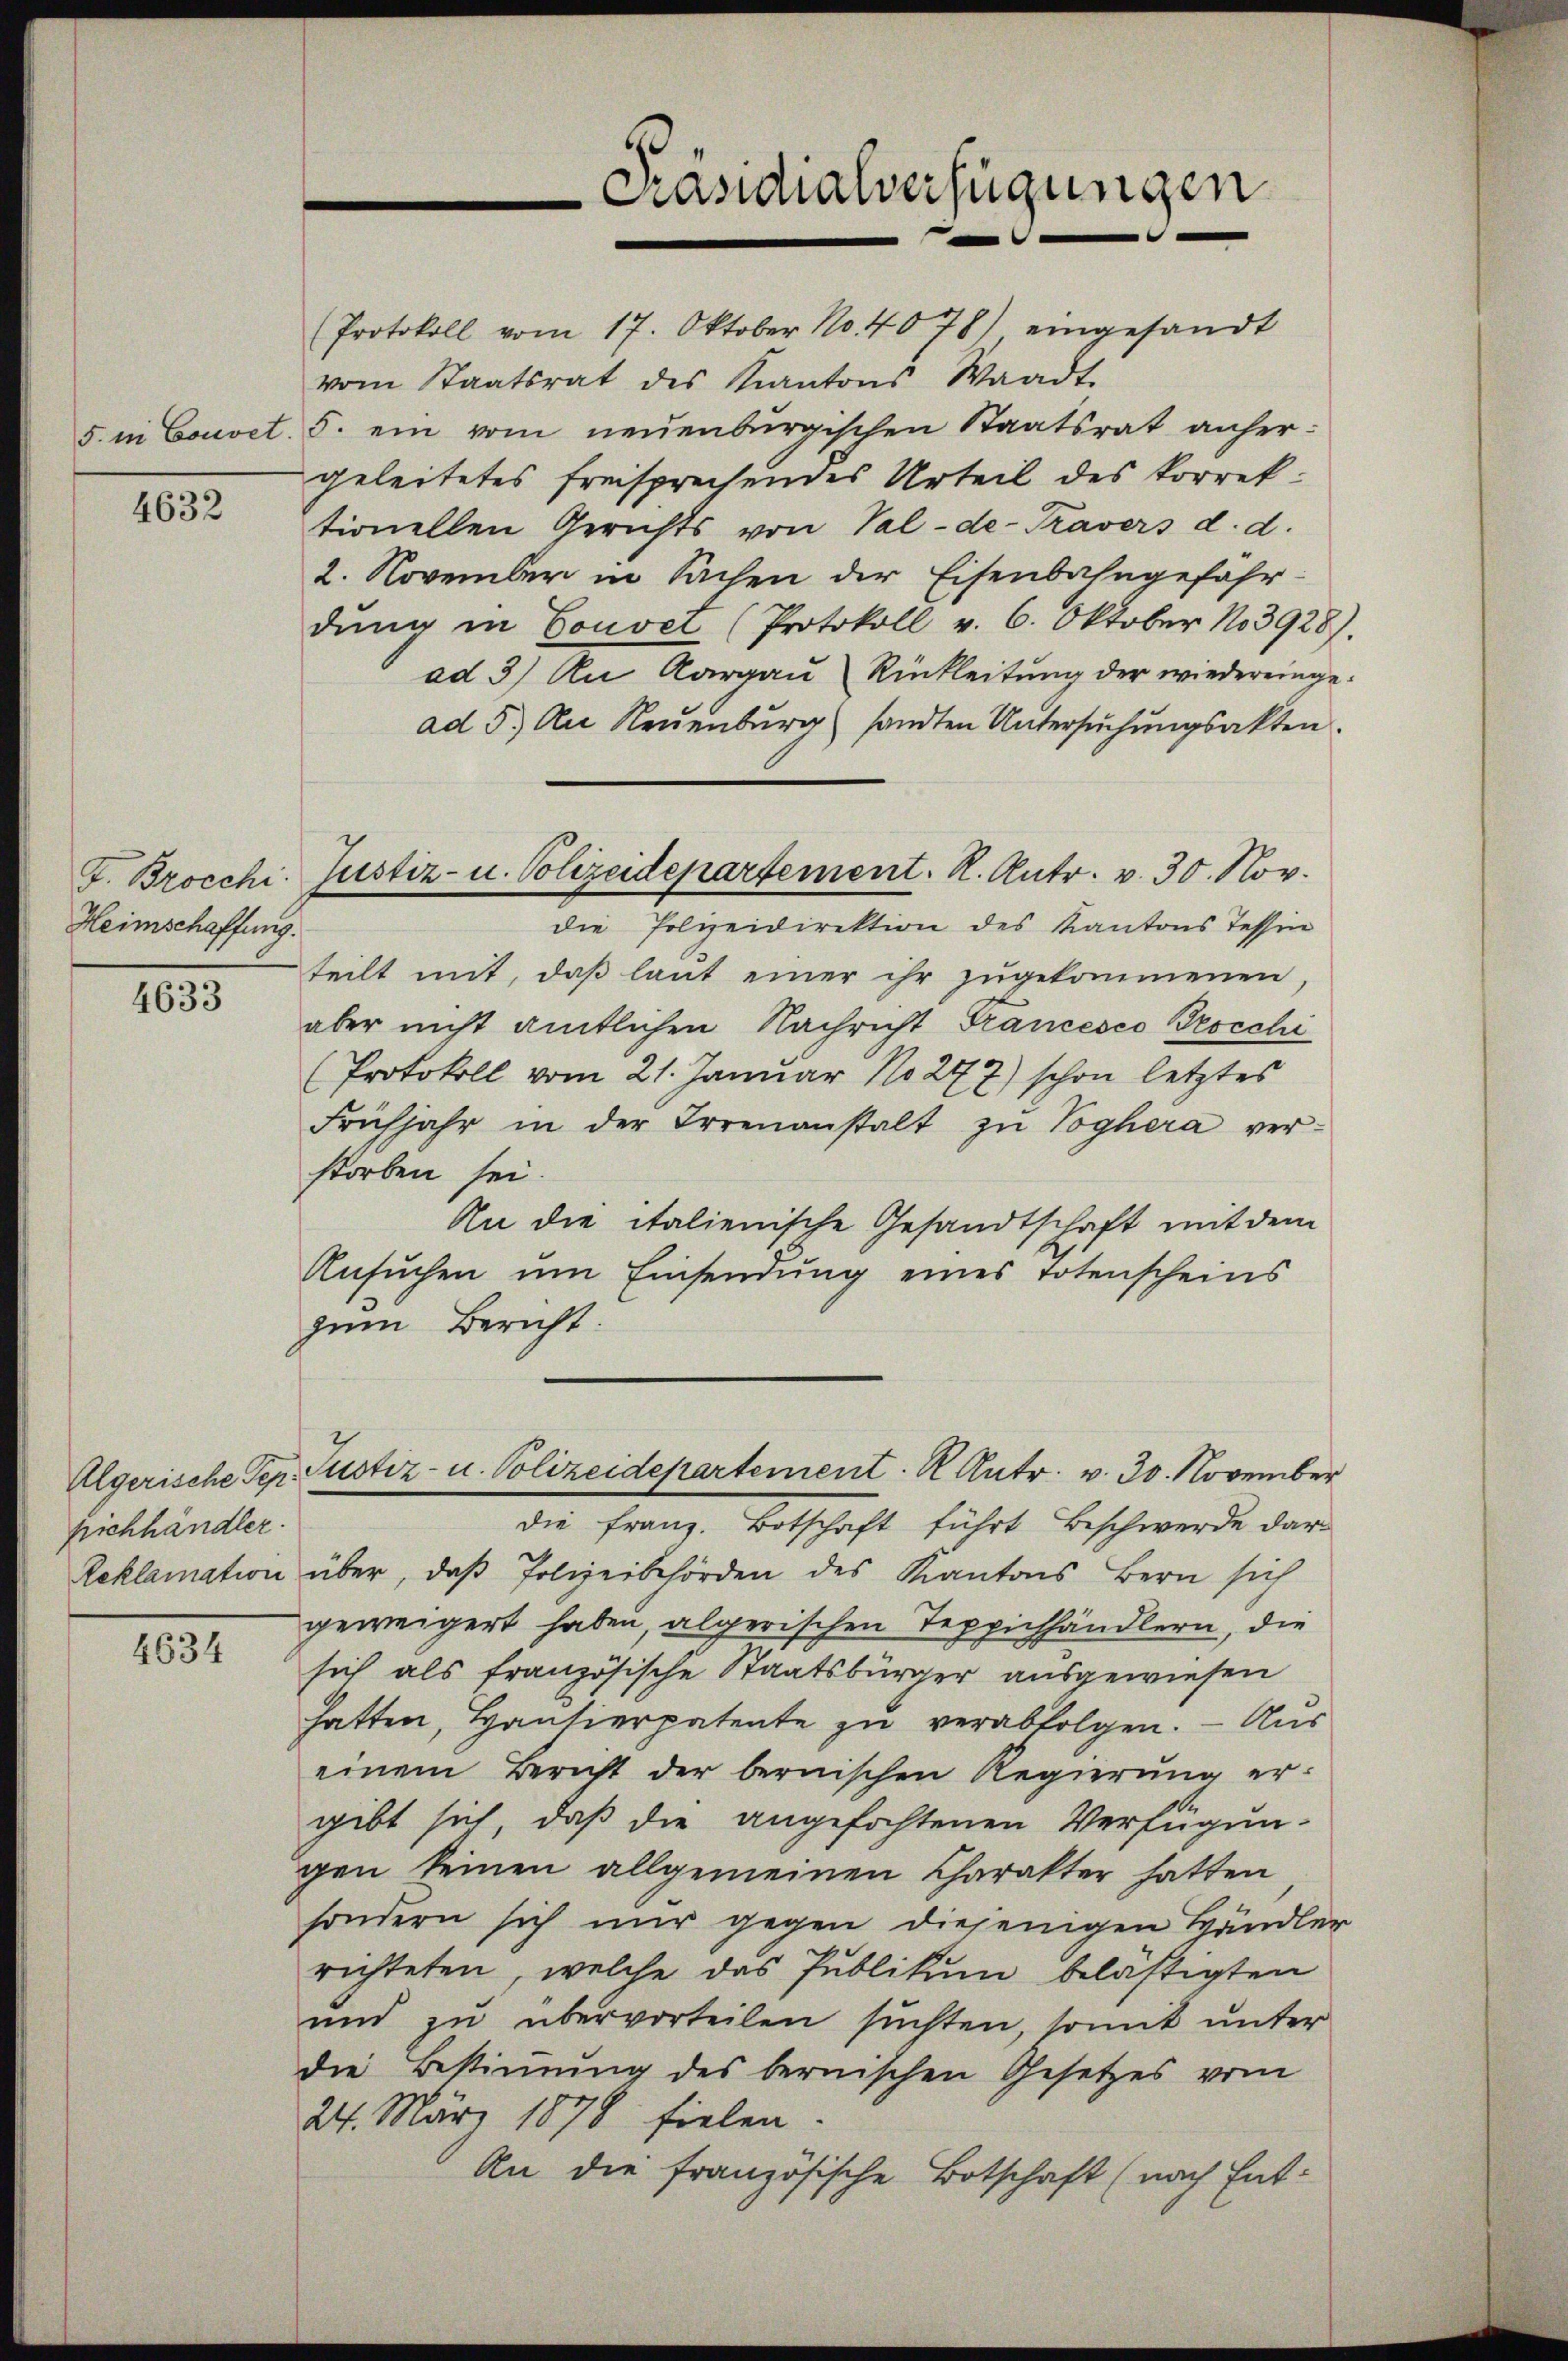
5. in Convet.

4632

Heimschaffung.

4633

pichhändler.

4634

Protokoll vom 17. Oktober No. 4078) eingesandt
vom Staatsrat des Kantons Waadt.
5. ein vom neuenburgischen Staatsrat anhergeleitetes freisprechendes Urteil des korrektionellen Gerichts von Val-de-Travers d. d.
2. November in Sachen der Eisenbahngefährdŭng in Couvet (Protokoll v. 6. Oktober No 3928).
ad 3) An Aargau Rückleitung der wiedereingead 5. An Neŭenbŭrg sandten Untersŭchŭngsakten.
die Polizeidirektion des Kantons Tessin
teilt mit, daß laut einer ihr zŭgekommenen
aber nicht amtlichen Nachricht Francesco Brocchi
(Protokoll vom 21. Januar No. 277) schon letztes
Frühjahr in der Irrenanstalt zŭ Voghera ver-
storben sei.
An die italienische Gesandtschaft mit dem
Ansuchen um Einsendung eines Totenscheins
zum Bericht.
Algerische Sep. Pustiz- u. Polizeidepartement. K. Antr. v. 30. November
die Franz. Botschaft führt Beschwerde dar
Reklamation über, daß Polizeibehörden des Kantons Bern sich
geweigert haben, algerischen Teppichhändlern, die
sich als französische Staatsbürger ausgewiesen
hatten, Hansierpatente zu verabfolgen. — Aus
einem Bericht der bernischen Regierŭng er-
gibt sich, daß die angefochtenen Verfügungen keinen allgemeinen Charakter hatten
sondern sich nur gegen diejenigen Händler
richteten, welche das Publikum belästigten
und zu übervorteilen suchten, somit unter
die Bestimmung des bernischen Gesetzes vom
24. März 1878 fielen.
An die französische Botschaft (nach Ent-

F. Brocchi Justiz- u. Polizeidepartement. K. Antr. v. 30. Nov.

Präsidialverfügungen